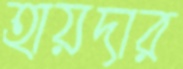
হায়দার